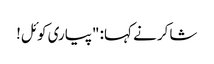
شاکر نے کہا: "پیاری کوئل!